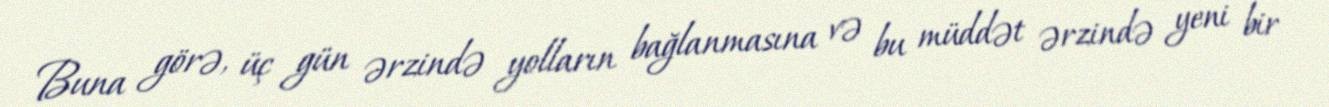
Buna görə, üç gün ərzində yolların bağlanmasına və bu müddət ərzində yeni bir